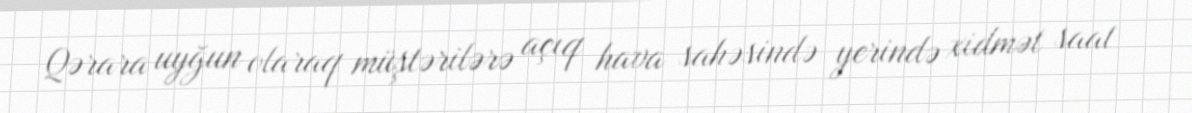
Qərara uyğun olaraq müştərilərə açıq hava sahəsində yerində xidmət saat